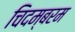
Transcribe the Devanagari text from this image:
चिदम्‍बरम